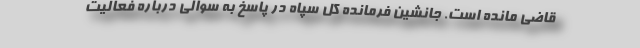
قاضی مانده است. جانشین فرمانده کل سپاه در پاسخ به سوالی درباره فعالیت